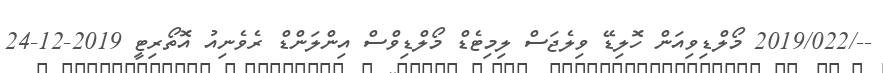
--/2019/022 މޯލްޑިވިއަން ހޮލިޑޭ ވިލެޖަސް ލިމިޓެޑް މޯލްޑިވްސް އިންލަންޑް ރެވެނިއު އޮތޯރިޓީ 2019-12-24